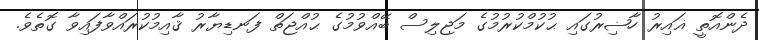
ދެންއޮތީ ޣައިރު ހާޟިރުގައި ޙުކުމްކުރުމުގެ މަޖިލިސް ބޭއްވުމުގެ ޙުއްޖަތް ފަނޑިޔާރު ޤާއިމުކުރައްވާފައިވާ ގޮތެވެ.